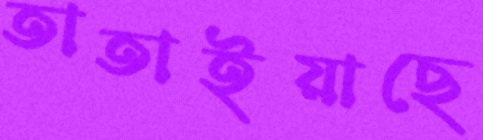
তাতাইয়াছে